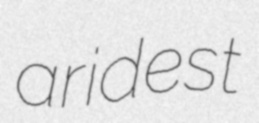
aridest